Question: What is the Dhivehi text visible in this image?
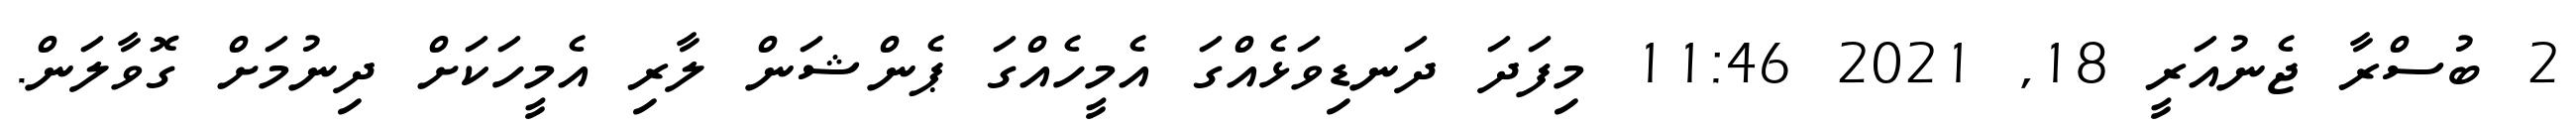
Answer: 2 ބުސްރާ ޖެނުއަރީ 18, 2021 11:46 މިފަދަ ދަނޑިވަޅެއްގަ އެމީހެއްގަ ޕެންޝަން ލާރި އެމީހަކަށް ދިނުމަށް ގޮވާލަން.